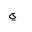
Letter: _ya